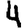
Digit: 4